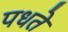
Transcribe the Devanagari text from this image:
पधते